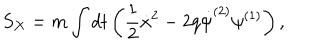
S _ { X } = m \int d t \left( \frac { 1 } { 2 } { \dot { x } ^ { 2 } } - 2 q \dot { \psi } ^ { ( 2 ) } \psi ^ { ( 1 ) } \right) ,